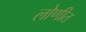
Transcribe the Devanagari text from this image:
लोणीत